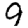
Digit: 9